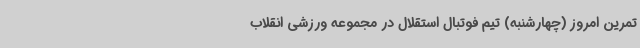
تمرین امروز (چهارشنبه) تیم فوتبال استقلال در مجموعه ورزشی انقلاب